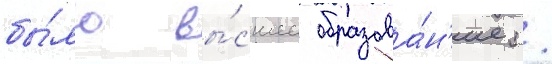
бы́ло вы́сшее образова́н'ие /